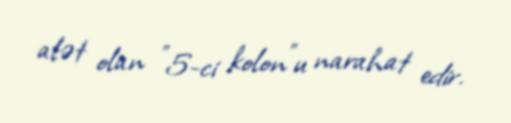
alət olan ”5-ci kolon"u narahat edir.